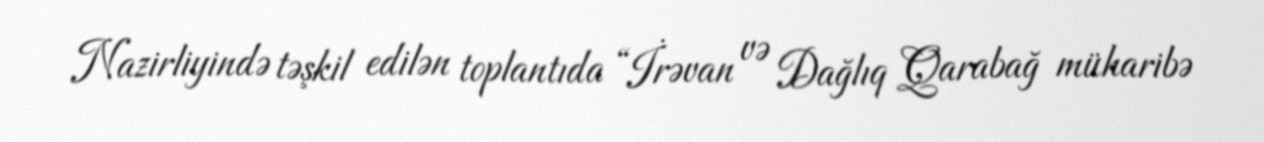
Nazirliyində təşkil edilən toplantıda “İrəvan və Dağlıq Qarabağ müharibə